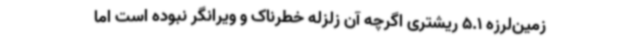
زمین‌لرزه 5.1 ریشتری اگرچه آن زلزله خطرناک و ویرانگر نبود‌ه است اما